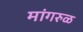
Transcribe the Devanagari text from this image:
मांगरुळ